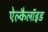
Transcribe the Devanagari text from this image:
ऐल्कैलॉइड